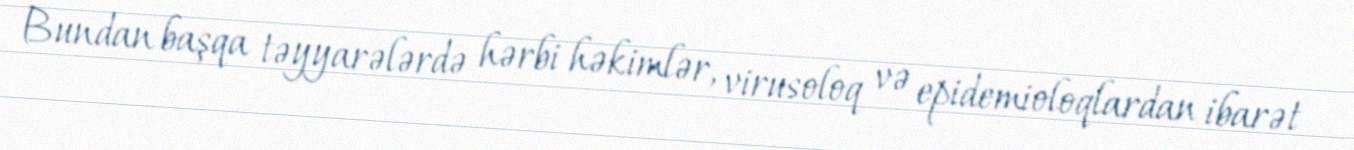
Bundan başqa təyyarələrdə hərbi həkimlər, virusoloq və epidemioloqlardan ibarət